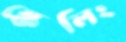
স্কেলিং